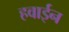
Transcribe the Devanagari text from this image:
हवाईन